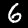
Label: 6